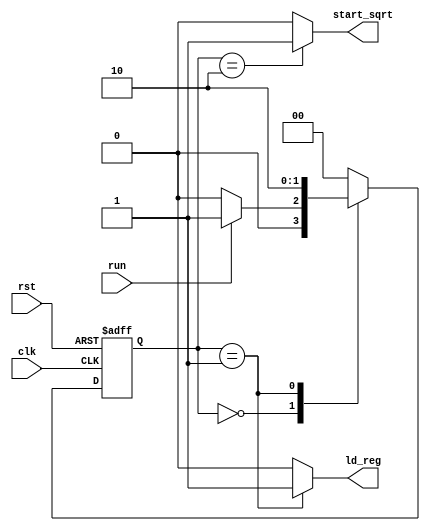
module input_wrapper_CU(clk, rst, run, start_sqrt, ld_reg);
/*
Controller of SQRT input wrapper:
	inputs:
		run -> a status signal indicating whether or not to run the controller
	outputs:
		ld_reg -> load pin of mantissa register in the input wrapper
	start_sqrt -> a signal that is used in the handshaking with the sqrt module
*/

input clk, rst, run;
output reg start_sqrt, ld_reg;

	reg [1 : 0] ps, ns;
	parameter IDLE = 0, LOAD = 1, RUN = 2;

	always @(posedge clk, posedge rst) begin
		if (rst) ps <= IDLE;
		else ps <= ns;
	end

	always @(ps) begin
		{ld_reg, start_sqrt} = 2'b0;
		case (ps)
			// no signal is issued in IDLE state
			IDLE : begin
				ld_reg = 1'b0;
			end
			LOAD : begin
				ld_reg = 1'b1;
			end
			RUN : begin
				start_sqrt = 1'b1;
			end
			default : {ld_reg, start_sqrt} = 2'b0;
		endcase
	end

	always @(ps, run) begin
		ns = IDLE;
		case (ps)
			IDLE : ns = (run == 1'b1) ? LOAD : IDLE;
			LOAD : ns = RUN;
			RUN : ns = IDLE;
			default: ns = IDLE;
		endcase
	end

endmodule